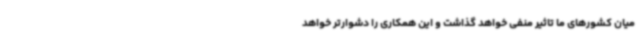
میان کشورهای ما تاثیر منفی خواهد گذاشت و این همکاری را دشوارتر خواهد